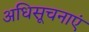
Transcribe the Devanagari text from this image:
अधिसूचनाएं